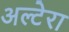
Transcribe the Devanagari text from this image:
अल्टेरा